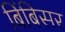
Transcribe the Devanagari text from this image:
बिंबिसर